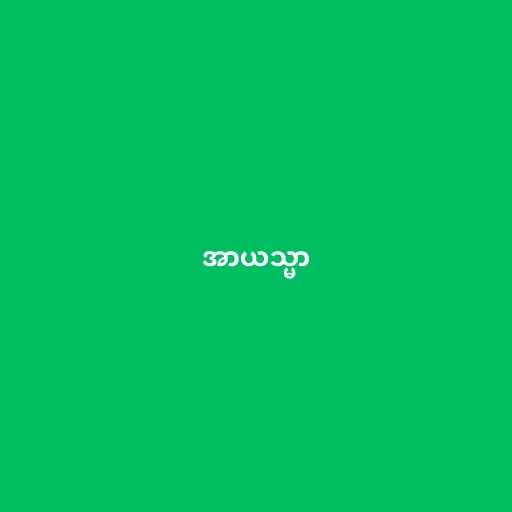
အာယသ္မာ